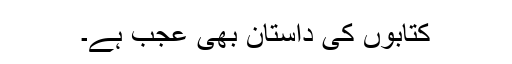
کتابوں کی داستان بھی عجب ہے۔